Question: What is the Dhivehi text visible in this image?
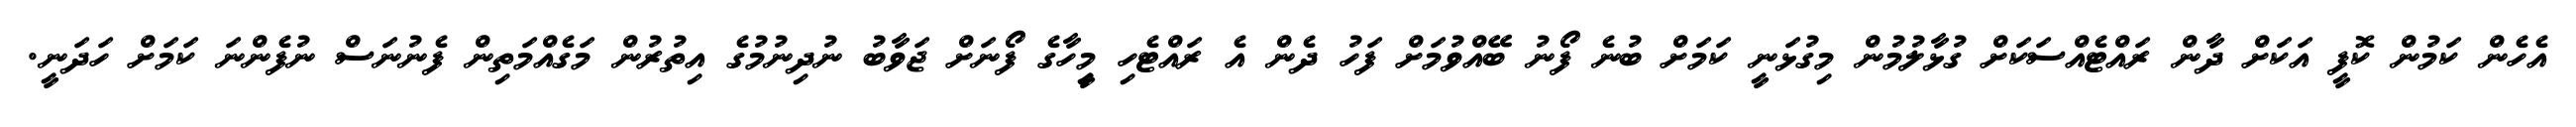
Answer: އެހެން ކަމުން ކޮފީ އަކަށް ދާން ރައްޓެއްސަކަށް ގުޅާލުމުން މިގުޅަނީ ކަމަށް ބުނެ ފޯނު ބޭއްވުމަށް ފަހު ދެން އެ ރައްޓެހި މީިހާގެ ފޯނަށް ޖަވާބު ނުދިނުމުގެ އިތުރުން މަގެއްމަތިން ފެނުނަސް ނުފެންނަ ކަމަށް ހަދަނީ.